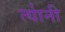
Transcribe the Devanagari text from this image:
त्या॑नी